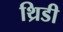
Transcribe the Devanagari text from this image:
थ्रिडी